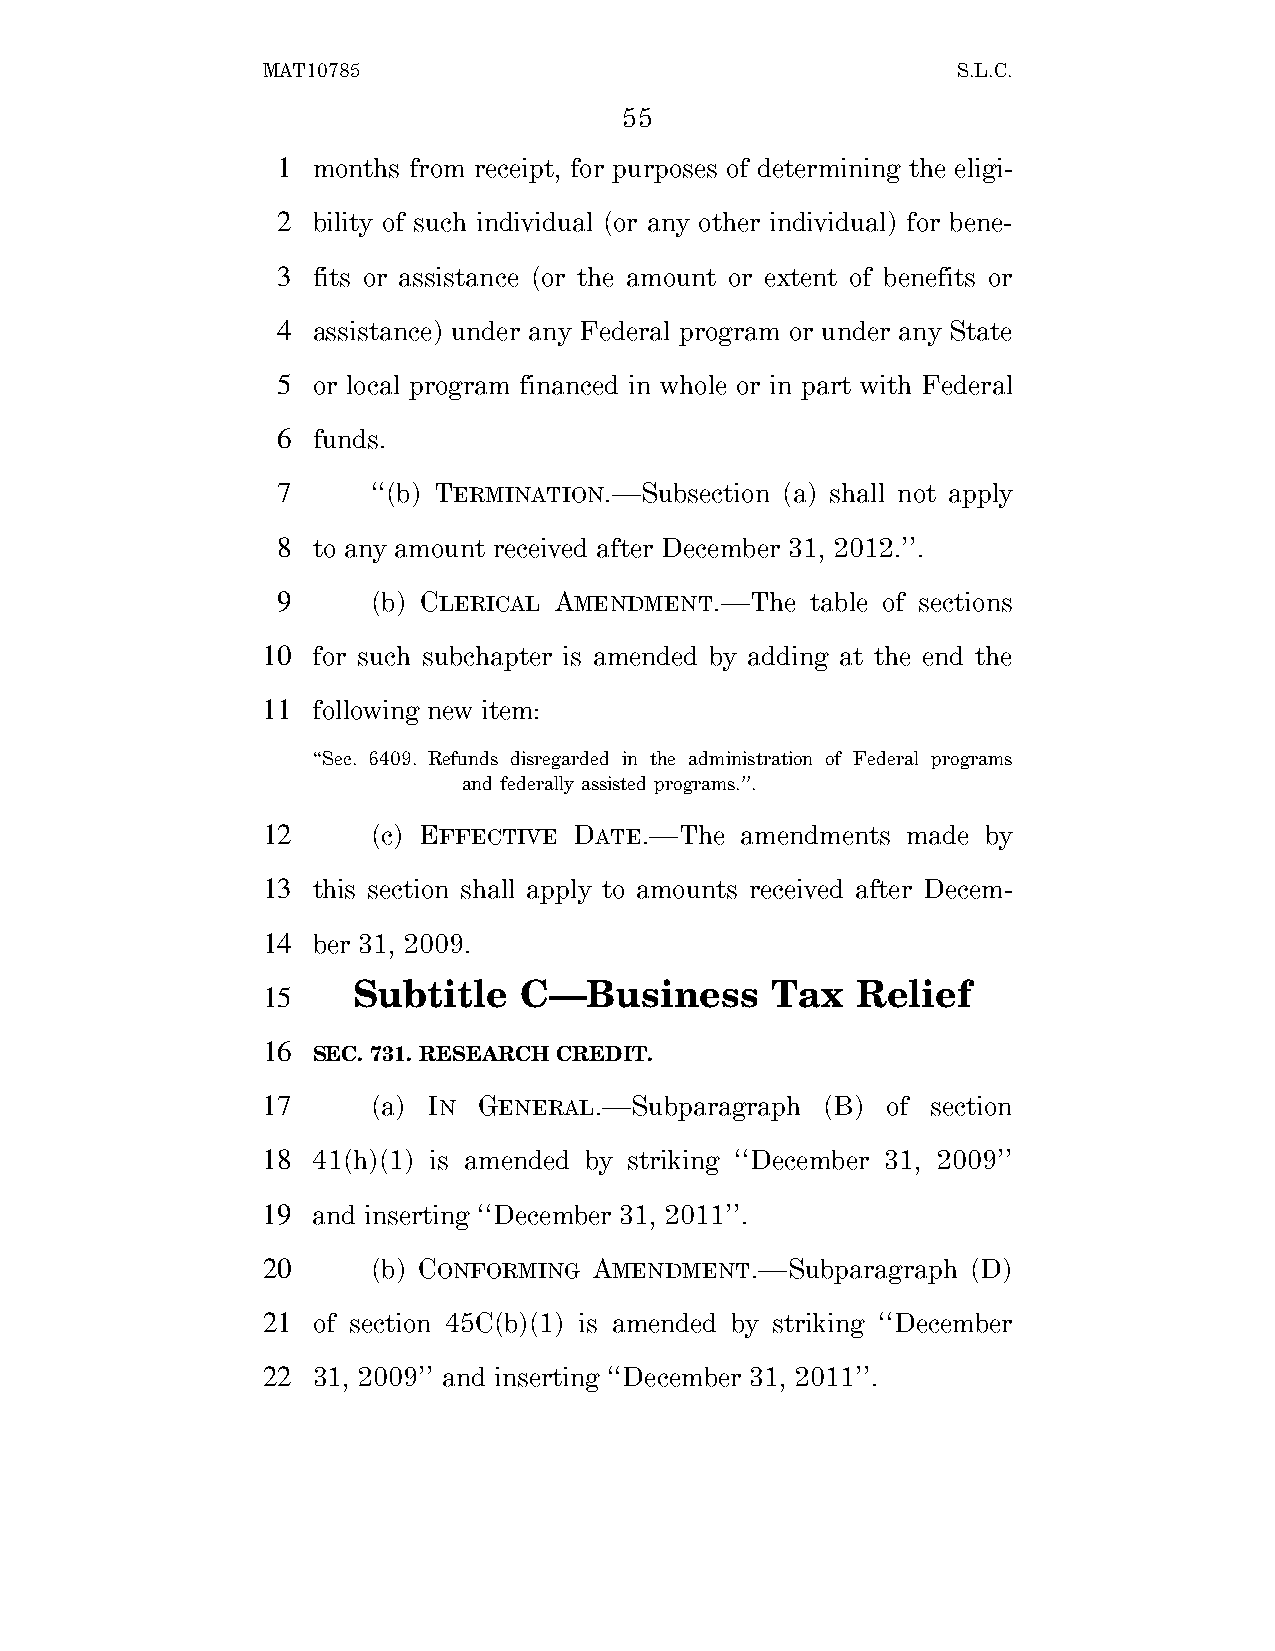
MAT10785                                      S.L.C.
 55
 1  months from receipt, for purposes of determining the eligi-
 2  bility of such individual (or any other individual) for bene-
 3  fits or assistance (or the amount or extent of benefits or
 4  assistance) under any Federal program or under any State
 5  or local program financed in whole or in part with Federal
 6  funds.
 7      ‘‘(b) TERMINATION.—Subsection (a) shall not apply
 8  to any amount received after December 31, 2012.’’.
 9      (b) CLERICAL AMENDMENT.—The  table of sections
 10  for such subchapter is amended by adding at the end the
 11  following new item:
 ‘‘Sec. 6409. Refunds disregarded in the administration of Federal programs
 and federally assisted programs.’’.
 12      (c) EFFECTIVE DATE.—The amendments made by
 13  this section shall apply to amounts received after Decem-
 14  ber 31, 2009.
 Subtitle   C—Business       Tax   Relief
 15
 16
 SEC. 731. RESEARCH CREDIT.
 17      (a) IN GENERAL.—Subparagraph (B)  of section
 18  41(h)(1) is amended by striking ‘‘December 31, 2009’’
 19  and inserting ‘‘December 31, 2011’’.
 20      (b) CONFORMING AMENDMENT.—Subparagraph (D)
 21  of section 45C(b)(1) is amended by striking ‘‘December
 22  31, 2009’’ and inserting ‘‘December 31, 2011’’.